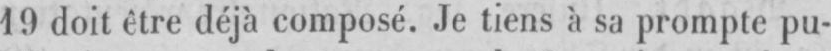
19 doit être déjà composé. Je tiens à sa prompte pu-